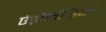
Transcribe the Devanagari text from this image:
एंड्रोमीडिया